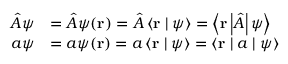
{ \begin{array} { r l } { { \hat { A } } \psi } & { = { \hat { A } } \psi ( \mathbf { r } ) = { \hat { A } } \left\langle \mathbf { r } \mid \psi \right\rangle = \left\langle \mathbf { r } \left\vert { \hat { A } } \right\vert \psi \right\rangle } \\ { a \psi } & { = a \psi ( \mathbf { r } ) = a \left\langle \mathbf { r } \mid \psi \right\rangle = \left\langle \mathbf { r } \mid a \mid \psi \right\rangle } \end{array} }